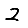
Digit: 2